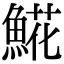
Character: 𩸽